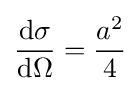
{\frac {\mathrm {d} \sigma }{\mathrm {d} \Omega }}={\frac {a^{2}}{4}}